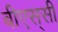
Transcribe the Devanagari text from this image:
बीएस्‌सी